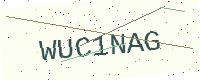
Text: WUC1NAG